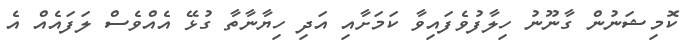
ކޮމިޝަނުން ގާނޫނު ހިލާފުވެފައިވާ ކަމަށާއި އަދި ހިޔާނާތާ ގުޅޭ އެއްވެސް ލަފައެއް އެ